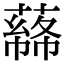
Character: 𦼡